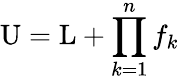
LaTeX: \mathrm{U}=\mathrm{L}+\prod_{k=1}^{n}f_{k}